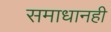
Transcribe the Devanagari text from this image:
समाधानही